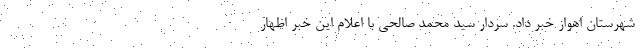
شهرستان اهواز خبر داد. سردار سید محمد صالحی با اعلام این خبر اظهار